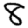
Digit: 8